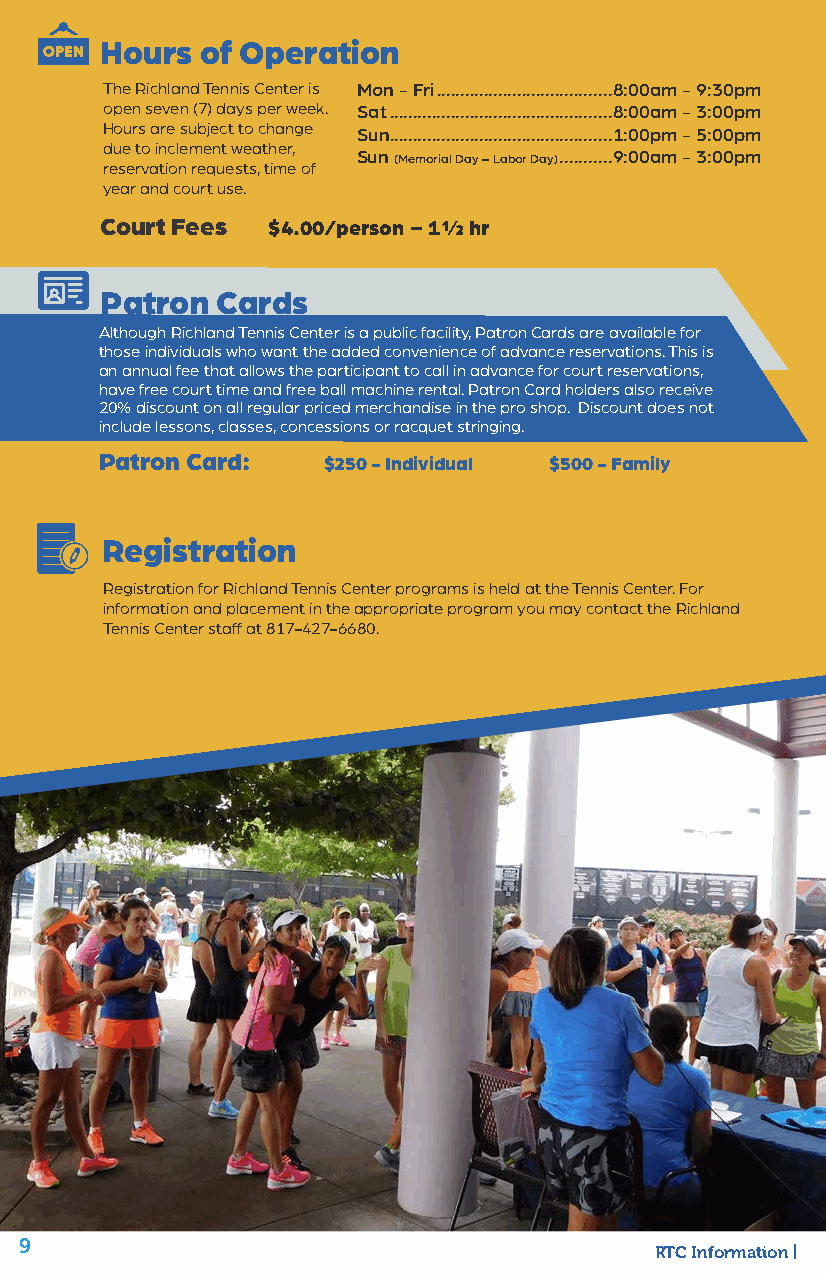
Hours of Operation
 The Richland Tennis Center is Mon - Fri .....................................8:00am - 9:30pm
 open seven (7) days per week. Sat ...............................................8:00am - 3:00pm
 Hours are subject to change Sun ...............................................1:00pm - 5:00pm
 due to inclement weather,
 Sun (Memorial Day – Labor Day) ...........9:00am - 3:00pm
 reservation requests, time of
 year and court use.
 Court Fees $4.00/person - 1½ hr
 Patron Cards
 Although Richland Tennis Center is a public facility, Patron Cards are available for
 those individuals who want the added convenience of advance reservations. This is
 an annual fee that allows the participant to call in advance for court reservations,
 have free court time and free ball machine rental. Patron Card holders also receive
 20% discount on all regular priced merchandise in the pro shop. Discount does not
 include lessons, classes, concessions or racquet stringing.
 Patron Card:  $250 - Individual $500 - Family
 Registration
 Registration for Richland Tennis Center programs is held at the Tennis Center. For
 information and placement in the appropriate program you may contact the Richland
 Tennis Center staff at 817-427-6680.
 9
 RTC Information